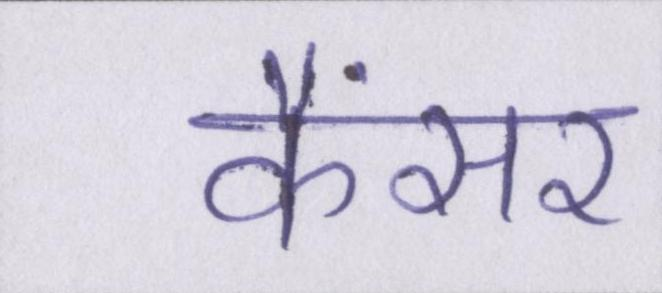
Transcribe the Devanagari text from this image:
कैंसर